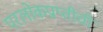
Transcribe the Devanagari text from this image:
परलोकप्राप्तीची